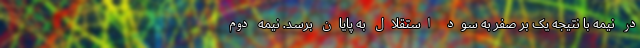
در نیمه با نتیجه یک بر صفر به سود استقلال به پایان برسد. نیمه دوم